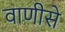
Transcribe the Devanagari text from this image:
वाणीसे